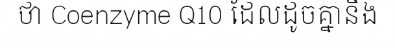
ថា Coenzyme Q10 ដែលដូចគ្នានឹង